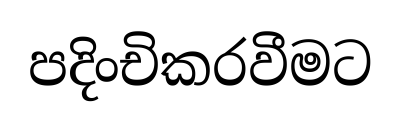
පදිංචිකරවීමට